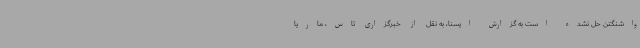
واشنگتن حل نشده است به گزارش ایسنا، به نقل از خبرگزاری تاس، ماریا